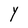
Character: Y